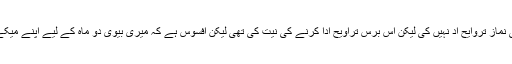
میں نے کبھی بھی نماز تروایح اد نہيں کی لیکن اس برس تراویح ادا کرنے کی نیت کی تھی لیکن افسوس ہے کہ میری بیوی دو ماہ کے لیے اپنے میکے گئي ہوئی ہے ؟